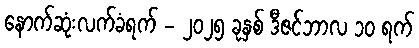
နောက်ဆုံးလက်ခံရက် - ၂၀၂၅ ခုနှစ် ဒီဇင်ဘာလ ၁၀ ရက်